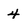
Character: 4